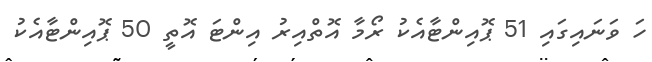
ހަ ވަނައިގައި 51 ޕޮއިންޓާއެކު ރޯމާ އޮތްއިރު އިންޓަ އޮތީ 50 ޕޮއިންޓާއެކު